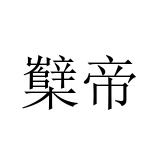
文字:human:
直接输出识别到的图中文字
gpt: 櫱帝